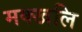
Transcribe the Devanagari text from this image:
मक्खलि